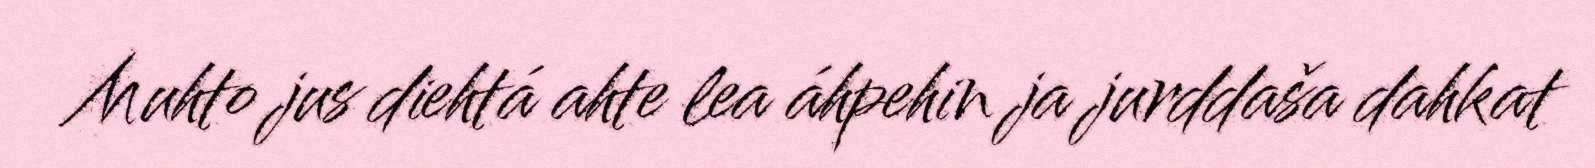
Muhto jus diehtá ahte lea áhpehin ja jurddaša dahkat